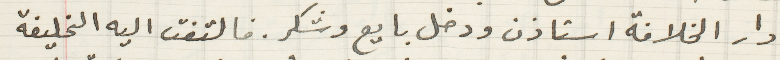
دار الخلافة استاذن ودخل بايع وشكر. فالتفت اليه الخليفة